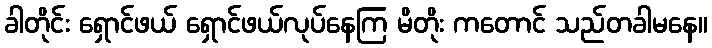
ခါတိုင်း ရှောင်ဖယ် ရှောင်ဖယ်လုပ်နေကြ မိတိုး ကတောင် သည်တခါမနေ။